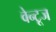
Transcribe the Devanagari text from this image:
वेन्टूज